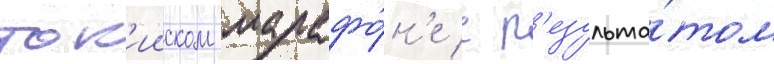
ток'ииском марафо́н'е с р'езульта́том